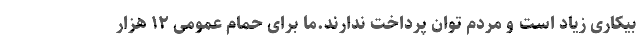
بیکاری زیاد است و مردم توان پرداخت ندارند.ما برای حمام عمومی ۱۲ هزار